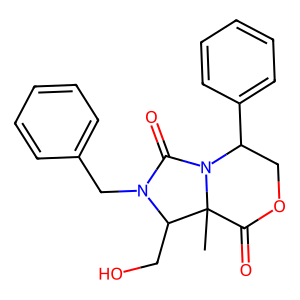
SMILES: CC12C(=O)OCC(c3ccccc3)N1C(=O)N(Cc1ccccc1)C2CO
Inhibits HIV replication: No